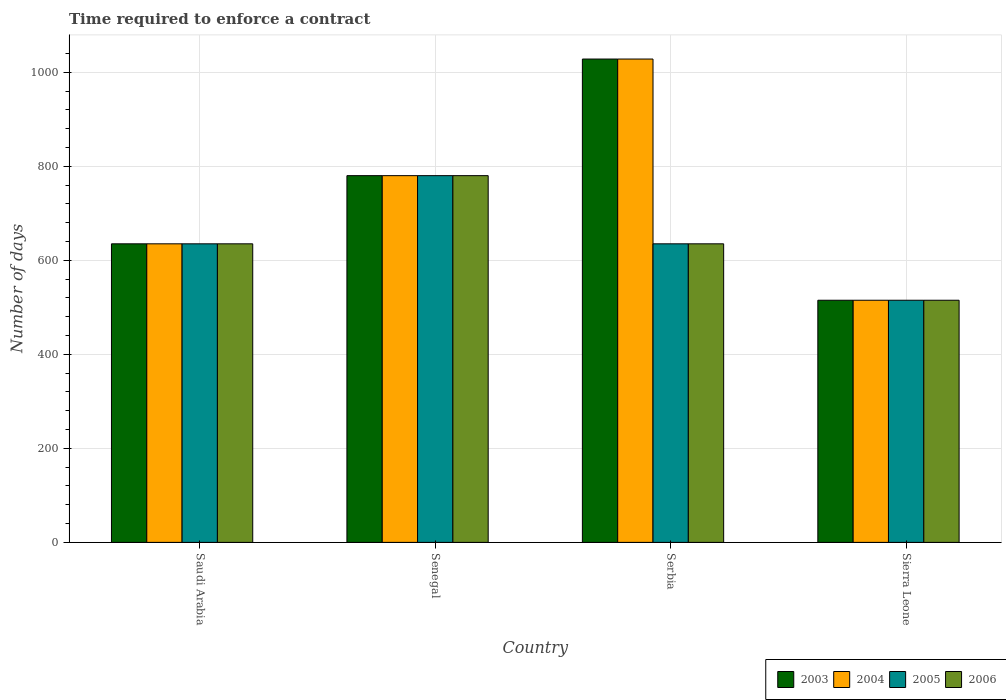
| Country | 2003 | 2004 | 2005 | 2006 |
 | --- | --- | --- | --- | --- |
 | Saudi Arabia | 635 | 635 | 635 | 635 |
 | Senegal | 780 | 780 | 780 | 780 |
 | Serbia | 1.03e+03 | 1.03e+03 | 635 | 635 |
 | Sierra Leone | 515 | 515 | 515 | 515 |